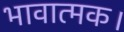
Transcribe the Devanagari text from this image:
भावात्मक।